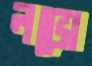
লভো